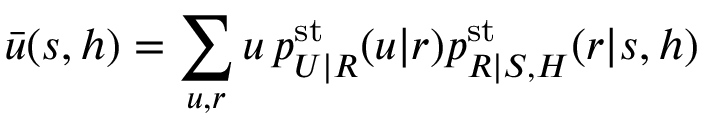
\bar { u } ( s , h ) = \sum _ { u , r } u \, p _ { U | R } ^ { \mathrm { s t } } ( u | r ) p _ { R | S , H } ^ { \mathrm { s t } } ( r | s , h )